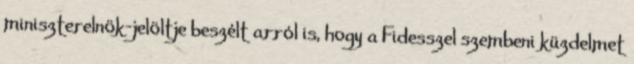
miniszterelnök-jelöltje beszélt arról is, hogy a Fidesszel szembeni küzdelmet